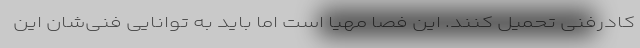
کادرفنی تحمیل کنند. این فصا مهیا است اما باید به توانایی فنی‌شان این